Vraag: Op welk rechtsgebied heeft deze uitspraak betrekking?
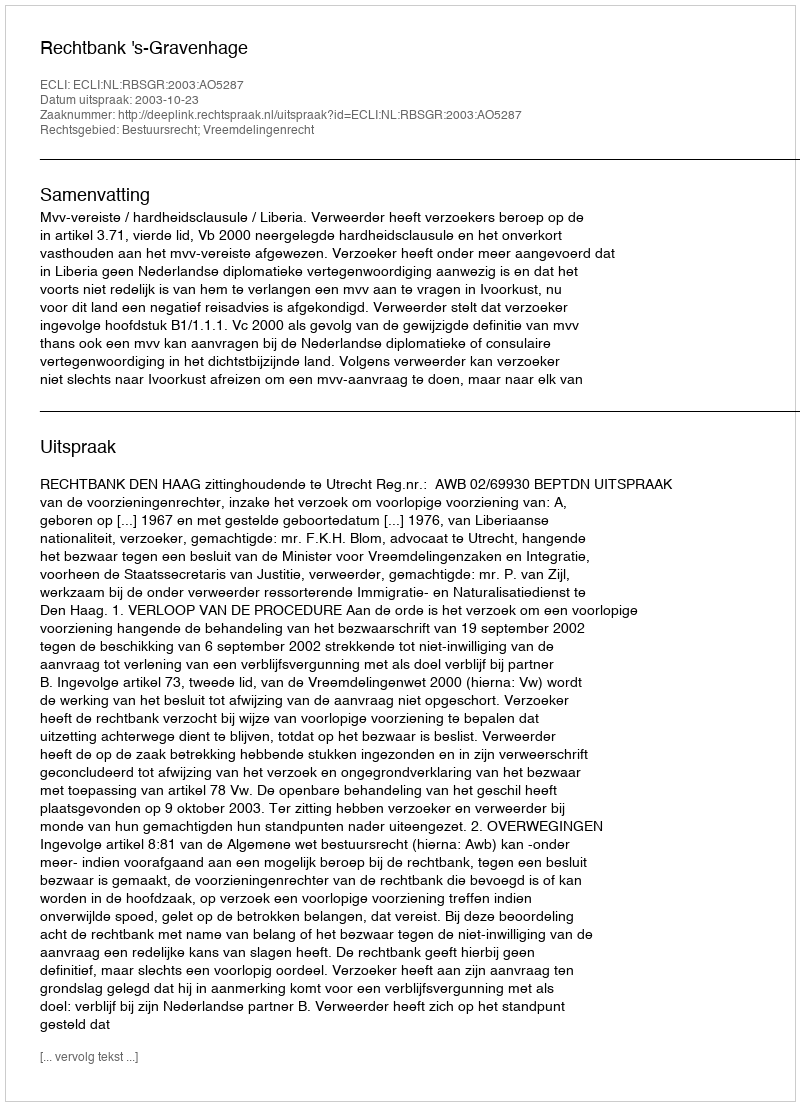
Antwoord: Bestuursrecht; Vreemdelingenrecht